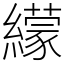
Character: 𦆟